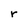
Character: r